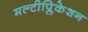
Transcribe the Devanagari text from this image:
मल्टीप्लिकेशन